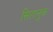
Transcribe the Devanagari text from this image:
सिहानुक